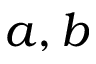
a , b